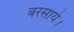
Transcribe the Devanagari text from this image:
बरसाये।